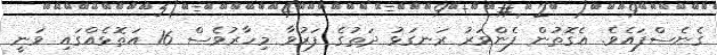
ގެނެސްފައެވެ. އެގޮތުން ފެންވަރު ރަނގަޅު ދަތުގެ ފަރުވާ މިހާރުވެސް 16 އަތޮޅެއްގައި ވަނީ